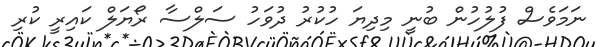
ނަމަވެސް ފުލުހުން ބުނީ މިދިޔަ ހުކުރު ދުވަހު ސަލްސާ ރޯޔަލް ކައިރީ ކުރި